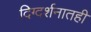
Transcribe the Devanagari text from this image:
दिग्दर्शनातही